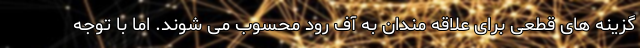
گزینه های قطعی برای علاقه مندان به آف رود محسوب می شوند. اما با توجه